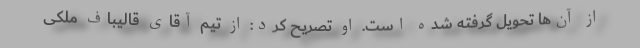
از آن‌ها تحویل گرفته شده است. او تصریح کرد: از تیم آقای قالیباف ملکی